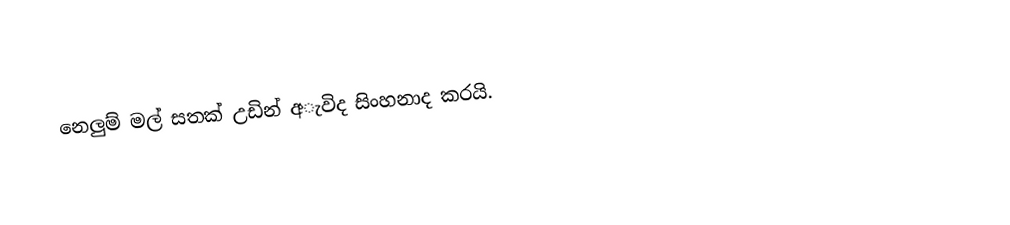
නෙලුම් මල් සතක් උඩින් අැවිද සිංහනාද කරයි.